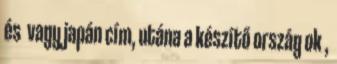
és vagy japán cím, utána a készítő ország ok ,